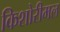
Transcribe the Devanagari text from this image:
किशोरीमल